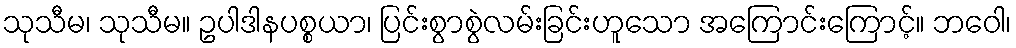
သုသီမ၊ သုသီမ။ ဥပါဒါနပစ္စယာ၊ ပြင်းစွာစွဲလမ်းခြင်းဟူသော အကြောင်းကြောင့်။ ဘဝေါ၊